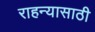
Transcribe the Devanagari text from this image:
राहन्यासाठी